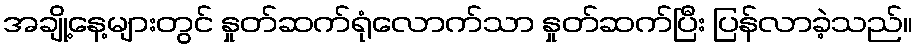
အချို့နေ့များတွင် နှုတ်ဆက်ရုံလောက်သာ နှုတ်ဆက်ပြီး ပြန်လာခဲ့သည်။